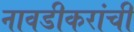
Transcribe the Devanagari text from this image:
नावडीकरांची